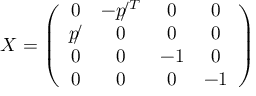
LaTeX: X = \left( \begin{array} { c c c c } { { 0 } } & { { - p \! \! / ^ { T } } } & { { 0 } } & { { 0 } } \\ { { p \! \! / } } & { { 0 } } & { { 0 } } & { { 0 } } \\ { { 0 } } & { { 0 } } & { { - 1 } } & { { 0 } } \\ { { 0 } } & { { 0 } } & { { 0 } } & { { - 1 } } \end{array} \right)